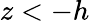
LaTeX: z<-h